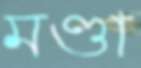
মণ্ডা